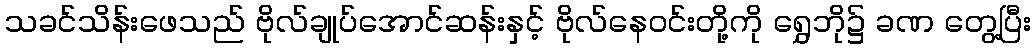
သခင်သိန်းဖေသည် ဗိုလ်ချုပ်အောင်ဆန်းနှင့် ဗိုလ်နေဝင်းတို့ကို ရွှေဘို၌ ခဏ တွေ့ပြီး